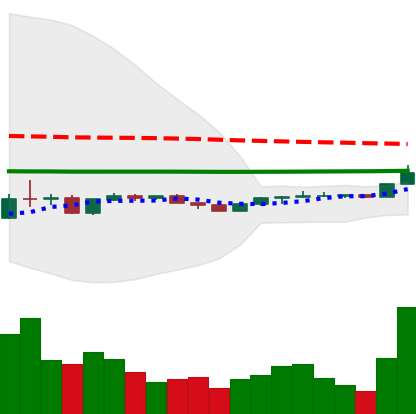
Ticker: LINK-USD
Chart end date: 2020-04-07
Forward return: 27.396%
Label: up_7plus